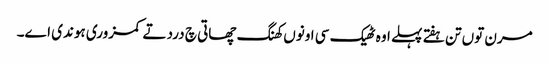
مرن توں تن ہفتے پہلے اوہ ٹھیک سی اونوں کھنگ چھاتی چ درد تے کمزوری ہوندی اے۔